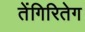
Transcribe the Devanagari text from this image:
तेंगिरितेग